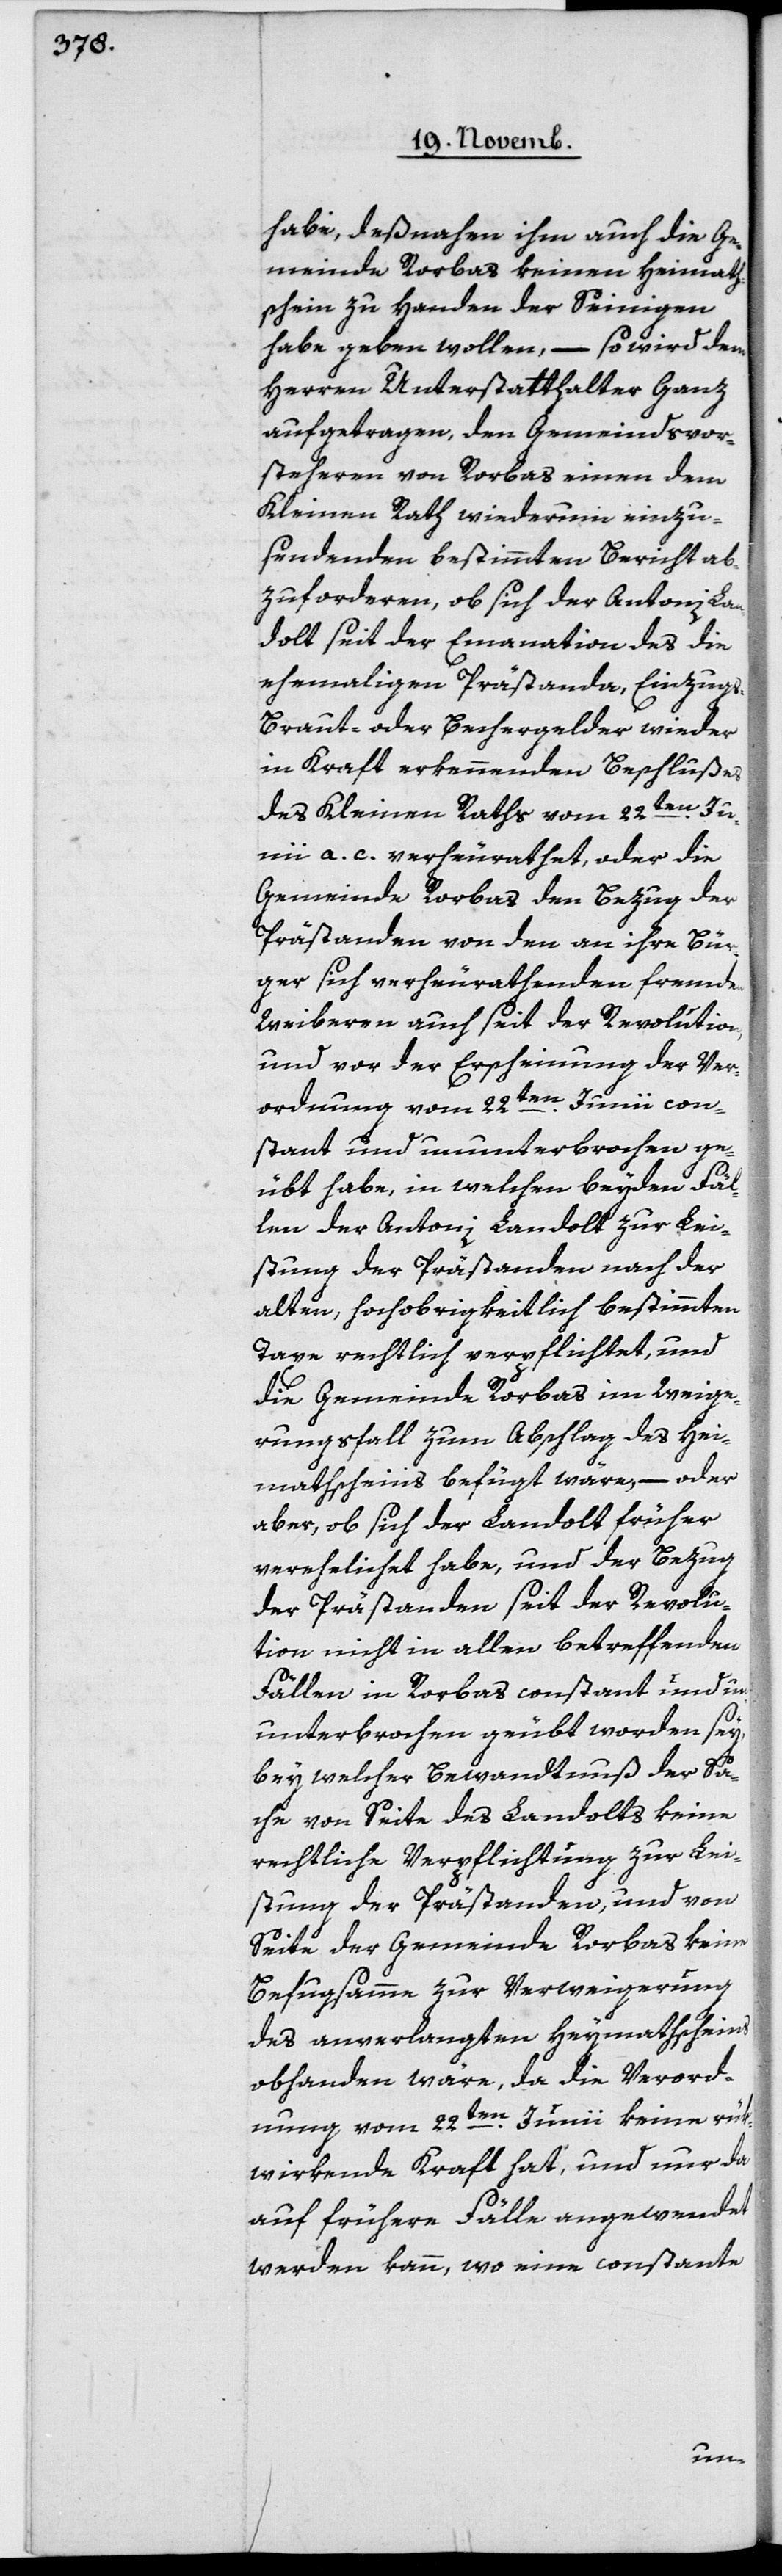
habe, deßnahen ihm auch die Ge¬
meinde Rorbas keinen Heimats¬
hchein zu Handen der Seinigen
habe geben wollen, – so wird dem
Herren Unterstatthalter Ganz
aufgetragen, den Gemeindsvor¬
steheren von Rorbas einen dem
Kleinen Rath wiederum einzu¬
sendenden bestimmten Bericht ab¬
zuforderen, ob sich der Antoni Lan¬
dolt seit der Emanation des die
ehemaligen Prästanda, Einzugs-,
Braut- oder Bechergelder wieder
in Kraft erkennenden Beschlußes
des Kleinen Raths vom 22ten Jun¬
ii a. c. verheurathet, oder die
Gemeinde Rorbas den Bezug der
Prästanden von den an ihre Bür¬
ger sich verheurathenden fremden
Weiberen auch seit der Revolution,
und vor der Erscheinung der Ver¬
ordnung vom 22ten Junii con¬
stant und ununterbrochen ge¬
übt habe, in welchen beyden Fäl¬
len der Antoni Landolt zur Lei¬
stung der Prästanden nach der
alten, hochobrigkeitlich bestimmten
Taxe rechtlich verpflichtet, und
die Gemeinde Rorbas im Weige¬
rungsfall zum Abschlag des Hei¬
mathscheins befügt wäre, – oder
aber, ob sich der Landolt früher
verehelicht habe, und der Bezug
der Prästanden seit der Revolu¬
tion nicht in allen betreffenden
Fällen in Rorbas constant und un¬
unterbrochen geübt worden sey,
bey welcher Bewandtnuß der Sa¬
che von Seite des Landolts keine
rechtliche Verpflichtung zur Lei¬
stung der Prästanden, und von
Seite der Gemeinde Rorbas keine
Befugsamme zur Verweigerung
des anverlangten Heymathscheins
obhanden wäre, da die Verord¬
nung vom 22ten Junii keine rük¬
wirkende Kraft hat, und nur da
auf frühere Fälle angewendet
werden kann, wo eine constante